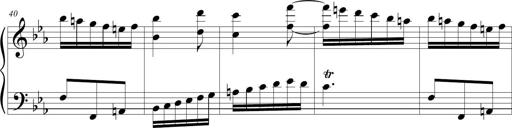
Title: Tiny Tina
Composer: Michel Rondeau
Key: E-flat major